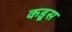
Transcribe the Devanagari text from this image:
कडूस